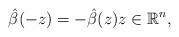
LaTeX: \begin{align*}\hat{\beta}(-z)=-\hat{\beta}(z)z\in \mathbb{R}^{n},\end{align*}